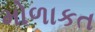
મોળાકત